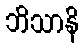
ဘိသာနိ